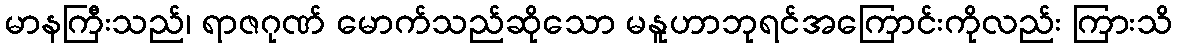
မာနကြီးသည်၊ ရာဇဂုဏ် မောက်သည်ဆိုသော မနူဟာဘုရင်အကြောင်းကိုလည်း ကြားသိ